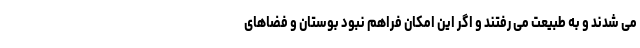
می شدند و به طبیعت می رفتند و اگر این امکان فراهم نبود بوستان و فضاهای